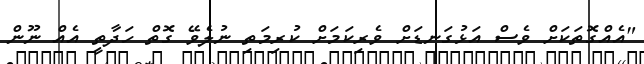
"އެއްގޮތަކަށް ވެސް އަޅުގަނޑަށް ވެރިކަމަށް ކުރިމަތި ނުލެވޭ ގޮތް ހަދާތީ އެއް ނޫން